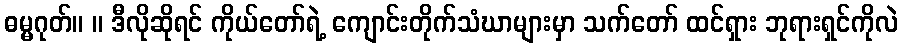
ဓမ္မဂုတ်။ ။ ဒီလိုဆိုရင် ကိုယ်တော်ရဲ့ ကျောင်းတိုက်သံဃာများမှာ သက်တော် ထင်ရှား ဘုရားရှင်ကိုလဲ